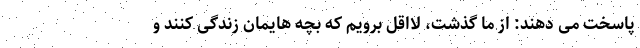
پاسخت می دهند: از ما گذشت، لااقل برویم که بچه هایمان زندگی کنند و